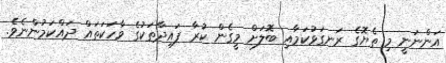
އަންނަނީ މި ތެޔޮގެ ރަނގަޅުކަމާއި ބޮލަށް މީގެން ކުރާ ފައިދާތަކުގެ ވާހަކަތައް ދައްކަމުންނެވެ.